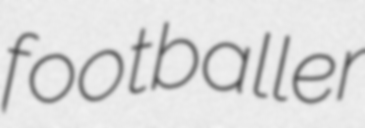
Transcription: footballer